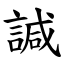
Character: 諴